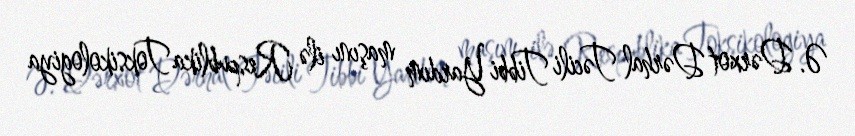
Ə. Dərxot Dərhal Təcili Tibbi Yardım maşını ilə Respublika Toksikologiya